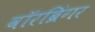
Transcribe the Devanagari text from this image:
वॉरब्रिंगर